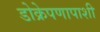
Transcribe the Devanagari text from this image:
डोक्रेपणापाशी